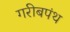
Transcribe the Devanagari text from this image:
गरीबपंथ